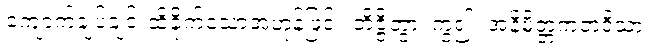
ကျောက်ချပ်ချင်းထိခိုက်သောအဟုန်ဖြင့်။ ဘိဇ္ဇိတွာ၊ ကွဲ၍။ အနိမိတ္တကတဒိသာ၊